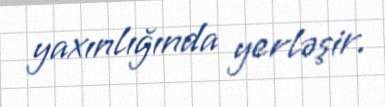
yaxınlığında yerləşir.